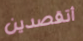
أتقصدين